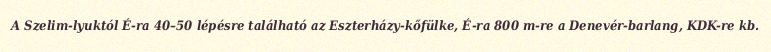
A Szelim-lyuktól É-ra 40–50 lépésre található az Eszterházy-kőfülke, É-ra 800 m-re a Denevér-barlang, KDK-re kb.